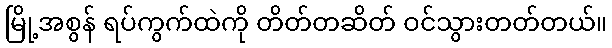
မြို့အစွန် ရပ်ကွက်ထဲကို တိတ်တဆိတ် ဝင်သွားတတ်တယ်။